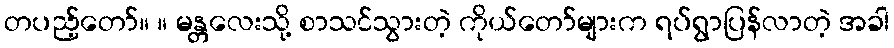
တပည့်တော်။ ။ မန္တလေးသို့ စာသင်သွားတဲ့ ကိုယ်တော်များက ရပ်ရွာပြန်လာတဲ့ အခါ